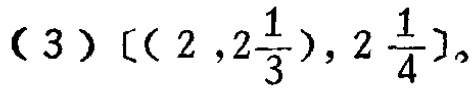
\((3)\quad[(2,2\frac{1}{3}),2\frac{1}{4}]\)